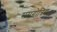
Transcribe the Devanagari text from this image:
समगोत्रिय